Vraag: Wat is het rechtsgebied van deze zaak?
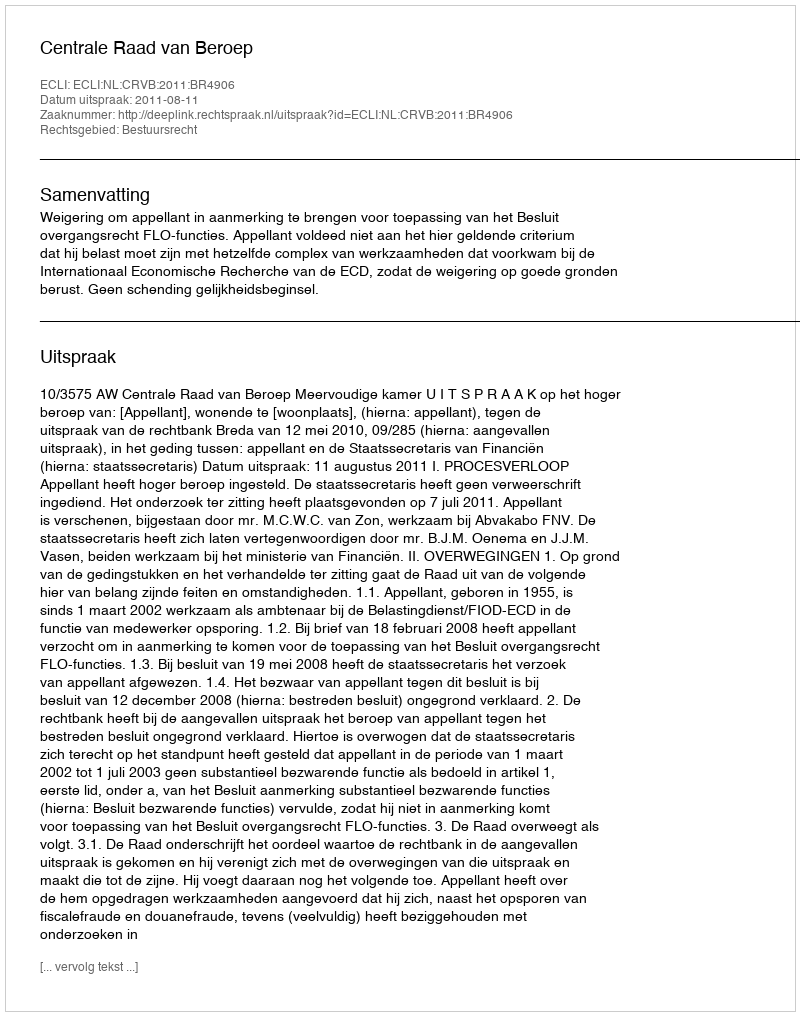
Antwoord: Bestuursrecht